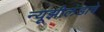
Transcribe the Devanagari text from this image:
न्यूझीलंडाचे